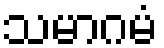
သမာဂမံ